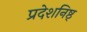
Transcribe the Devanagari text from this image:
प्रदेशनिष्ठ्